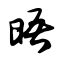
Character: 晤